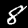
Digit: 8